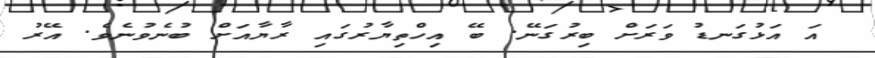
އަ އަޅުގަނޑު ވަރަށް ބިރުގަނޭ. ބޭ އިހްތިޔާރުގައި ރާޔާއަށް ބުނެވުނެވެ. އޭރު